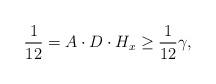
LaTeX: \begin{align*}\frac{1}{12} = A \cdot D \cdot H_x \ge \frac{1}{12} \gamma,\end{align*}